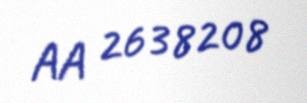
AA 2638208